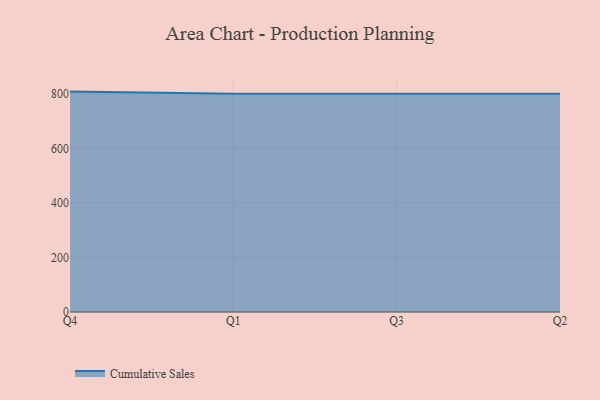
{"axis": {"x": "Quarter", "y": "Satisfaction Score"}, "legend": ["Cumulative Sales"], "data": [{"x": "Q4", "y": 808.2, "type": "Cumulative Sales"}, {"x": "Q1", "y": 800, "type": "Cumulative Sales"}, {"x": "Q3", "y": 800, "type": "Cumulative Sales"}, {"x": "Q2", "y": 800, "type": "Cumulative Sales"}]}